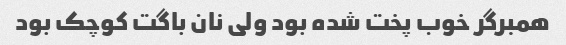
همبرگر خوب پخت شده بود ولی نان باگت کوچک بود